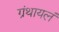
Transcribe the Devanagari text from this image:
ग्रंथायलं